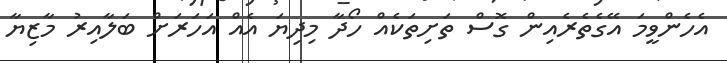
އެހެންވީމަ އޭގެތެރެއިން ގޮސް ތަށިތަކެއް ހޯދާ މިދިޔަ އެއް އަހަރަށް ބަލާއިރު މާޒިޔާ